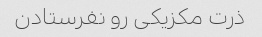
ذرت مکزیکی رو نفرستادن